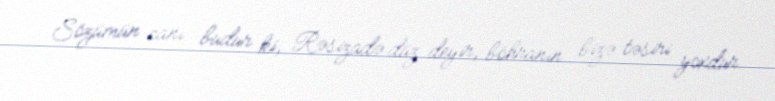
Sözümün canı budur ki, Rəsizadə düz deyir, böhranın bizə təsiri yoxdur.